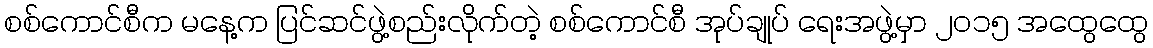
စစ်ကောင်စီက မနေ့က ပြင်ဆင်ဖွဲ့စည်းလိုက်တဲ့ စစ်ကောင်စီ အုပ်ချုပ် ရေးအဖွဲ့မှာ ၂၀၁၅ အထွေထွေ